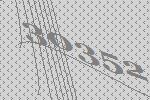
30352